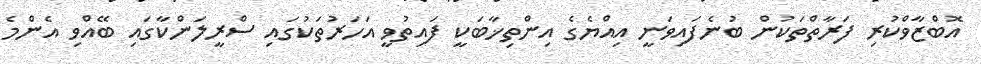
އޮބްޒާވްކުރި ފަރާތްތަކުން ބުނެފައިވަނީ އިއްޔެގެ އިންތިޚާބަކީ ފައިތުވީ އަހަރުތަކުގައި ސްރީލަންކާގައި ބޭއްވި އެންމެ